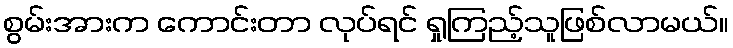
စွမ်းအားက ကောင်းတာ လုပ်ရင် ရှုကြည့်သူဖြစ်လာမယ်။